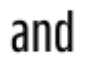
and